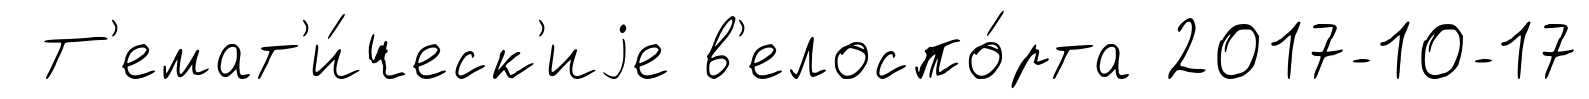
Т'емат'и́ческ'иjе в'елоспо́рта 2017-10-17